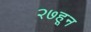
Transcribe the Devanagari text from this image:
२७हून